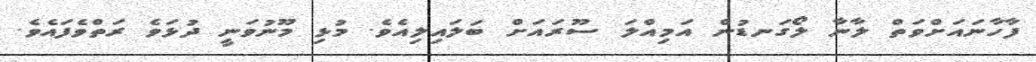
ފާހާނައަށްވަތް ލާނާ ލޯގަނޑުން އަމިއްލަ ސޫރައަށް ބަލައިލިއެވެ. މުޅި މޫނުވަނީ ދުޅަވެ ރަތްވެފައެވެ.